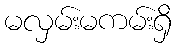
မလှမ်းမကမ်းရှိ